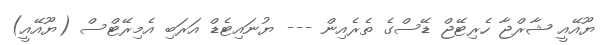
ޔޫއޭއީ ޝާރްޖާ ހެރިޓޭޖް ޑޭސްގެ ތެރެއިން --- ޔުނައިޓެޑް އަރަބި އެމިރޭޓްސް (ޔޫއޭއީ)